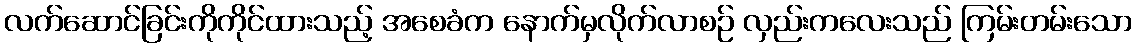
လက်ဆောင်ခြင်းကိုကိုင်ထားသည့် အစေခံက နောက်မှလိုက်လာစဉ် လှည်းကလေးသည် ကြမ်းတမ်းသော